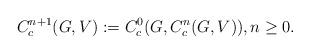
LaTeX: \begin{align*}C^{n+1}_c(G,V):= C^0_c(G,C^n_c(G,V)), n\geq 0.\end{align*}